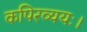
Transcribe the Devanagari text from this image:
कपिरव्ययः।